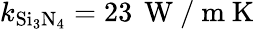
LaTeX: k_{\mathrm{Si_{3}N_{4}}}=23\, \mathrm{~W~/~m~K~}